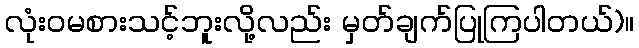
လုံးဝမစားသင့်ဘူးလို့လည်း မှတ်ချက်ပြုကြပါတယ်)။